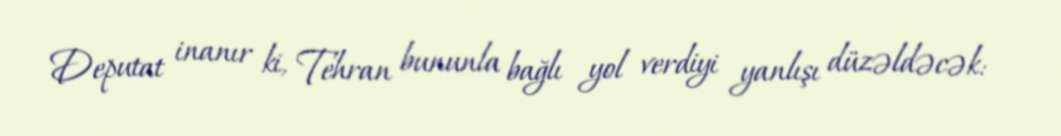
Deputat inanır ki, Tehran bununla bağlı yol verdiyi yanlışı düzəldəcək: